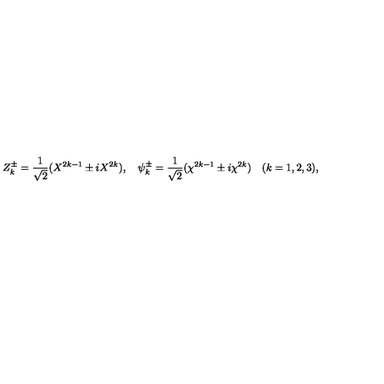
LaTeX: Z _ { k } ^ { \pm } = { \frac { 1 } { \sqrt { 2 } } } ( X ^ { 2 k - 1 } \pm i X ^ { 2 k } ) , \quad \psi _ { k } ^ { \pm } = { \frac { 1 } { \sqrt { 2 } } } ( \chi ^ { 2 k - 1 } \pm i \chi ^ { 2 k } ) \quad ( k = 1 , 2 , 3 ) ,